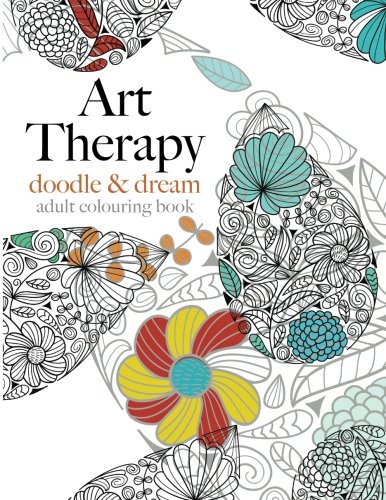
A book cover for Art Therapy: doodle & dream: Inspiring adult art therapy for creative relaxation; Christina Rose; Arts & Photography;